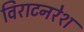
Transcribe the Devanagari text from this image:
विराटनरेश